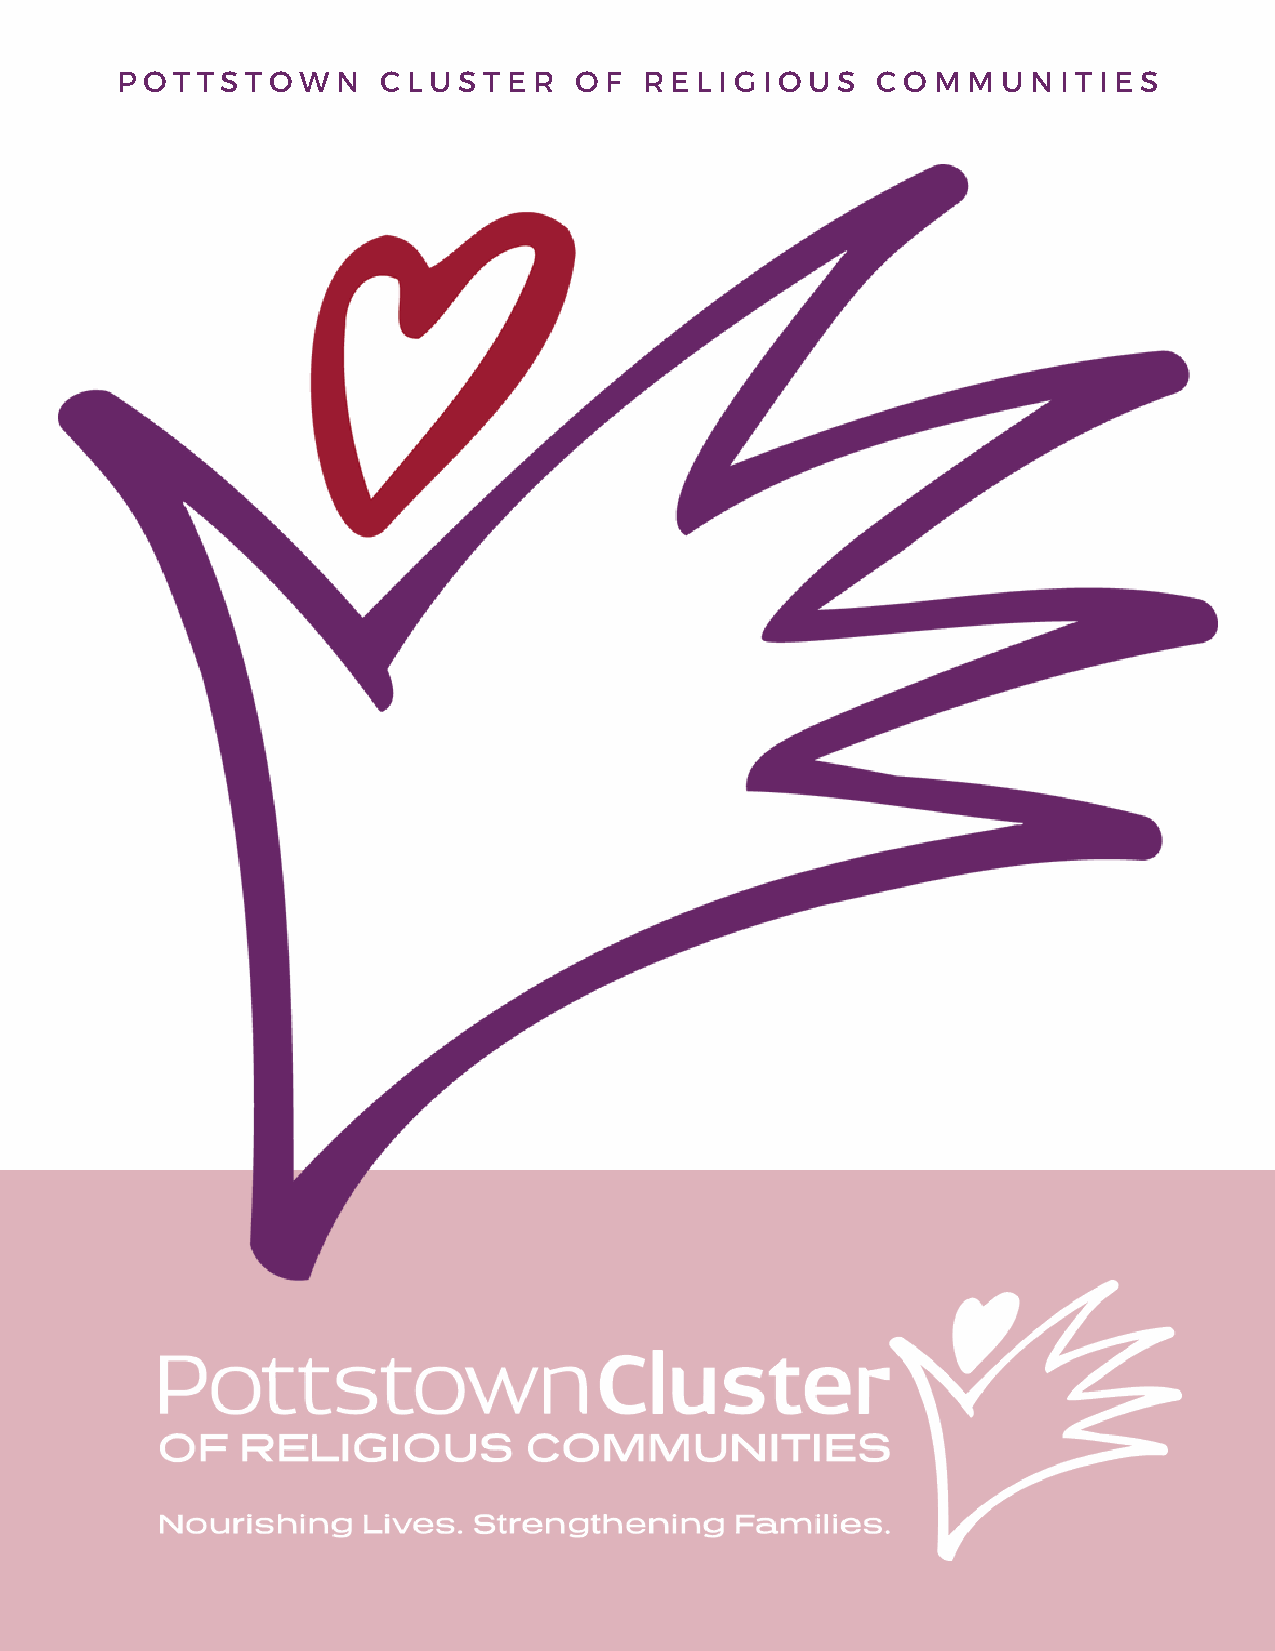
P O T T S T O W N C L U S T E R O F R E L I G I O U S C O M M U N I T I E S